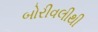
બોરીવલીથી